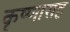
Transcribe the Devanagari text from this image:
कृष्णासह